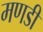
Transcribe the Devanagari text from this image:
मणडी